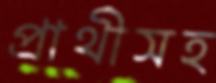
প্রার্থীসহ